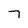
Character: 7